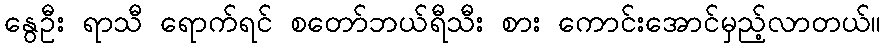
နွေဦး ရာသီ ရောက်ရင် စတော်ဘယ်ရီသီး စား ကောင်းအောင်မှည့်လာတယ်။